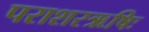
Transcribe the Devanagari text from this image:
पराशरऋषिः